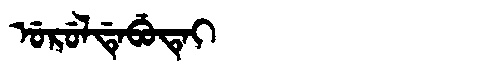
Manchu: ᡠᡵᡠᠯᡩᡝᠪᡠᡨᡝᡳ
Romanization: URULDEBUTEI